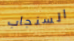
السنجاب